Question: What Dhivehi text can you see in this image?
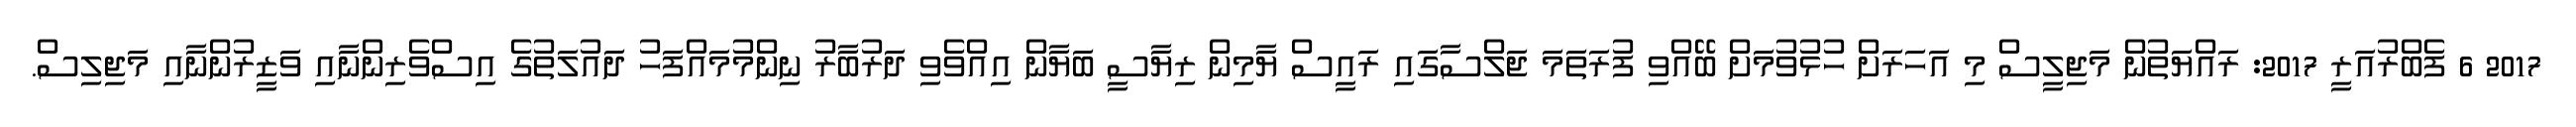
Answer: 2017 6 ފެބްރުއަރީ 2017: ރައްޔަތުން މަޖިލީސް މި އަހަރަށް ހުޅުވުމަށް ބޭއްވި ފުރަތަމަ ޖަލްސާގައި ރައީސް ޔާމިން ރިޔާސީ ބަޔާން އިއްވެވި ދަރުބާރު ނިންމުމައްފަހު ދައުލަތުގެ އިސްވެރިންނާއި ވަޒީރުންނާއި މަޖިލިސް.